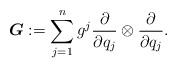
\begin{align*} \boldsymbol{G}:=\sum_{j=1}^n g^j \frac{ \partial}{\partial q_j} \otimes \frac{ \partial}{\partial q_j}.\end{align*}